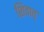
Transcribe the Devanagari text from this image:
शिवात्